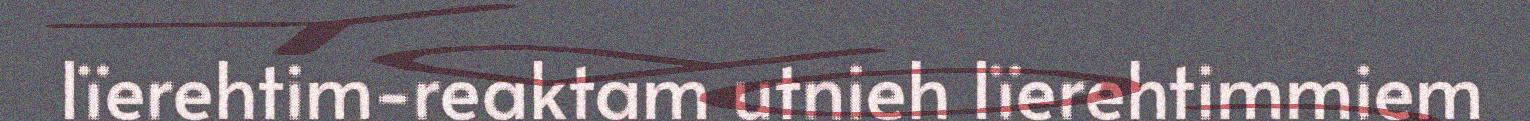
lïerehtim-reaktam utnieh lïerehtimmiem